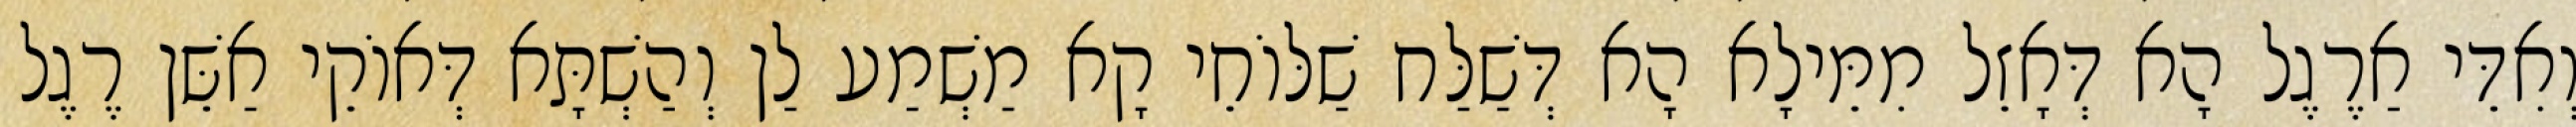
וְאִדֵּי אַרֶגֶל הָא דְּאָזֵל מִמֵּילָא הָא דְּשַׁלַּח שַׁלּוֹחֵי קָא מַשְׁמַע לַן וְהַשְׁתָּא דְּאוֹקֵי אַשֵּׁן רֶגֶל